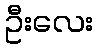
ဦးလေး